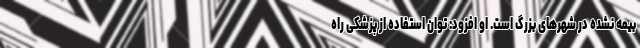
بیمه نشده در شهرهای بزرگ است. او افزود: توان استفاده از پزشکی راه